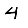
Digit: 4